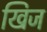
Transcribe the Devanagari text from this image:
खिज